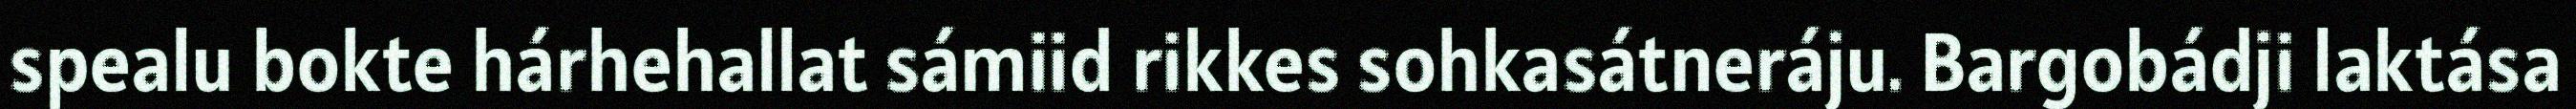
spealu bokte hárhehallat sámiid rikkes sohkasátneráju. Bargobádji laktása